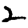
Digit: 2